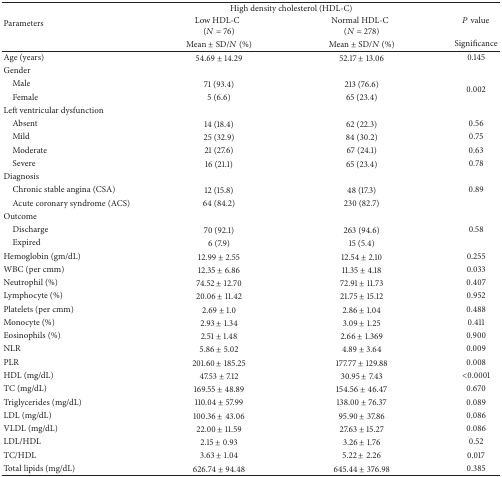
<table><thead><tr><td rowspan="3"><b>Parameters</b></td><td colspan="2"><b>High density cholesterol (HDL-C)</b></td><td rowspan="2"><b><i>P</i> value</b></td></tr><tr><td><b>Low HDL-C(<i>N</i> = 76)</b></td><td><b>Normal HDL-C(<i>N</i> = 278)</b></td></tr><tr><td><b>Mean ± SD/<i>N</i> (%)</b></td><td><b>Mean ± SD/<i>N</i> (%)</b></td><td><b>Significance</b></td></tr></thead><tbody><tr><td>Age (years)</td><td>54.69 ± 14.29</td><td>52.17 ± 13.06</td><td>0.145</td></tr><tr><td>Gender</td><td> </td><td> </td><td> </td></tr><tr><td> Male</td><td>71 (93.4)</td><td>213 (76.6)</td><td rowspan="2">0.002</td></tr><tr><td> Female</td><td>5 (6.6)</td><td>65 (23.4)</td></tr><tr><td>Left ventricular dysfunction</td><td> </td><td> </td><td> </td></tr><tr><td> Absent</td><td>14 (18.4)</td><td>62 (22.3)</td><td>0.56</td></tr><tr><td> Mild</td><td>25 (32.9)</td><td>84 (30.2)</td><td>0.75</td></tr><tr><td> Moderate</td><td>21 (27.6)</td><td>67 (24.1)</td><td>0.63</td></tr><tr><td> Severe</td><td>16 (21.1)</td><td>65 (23.4)</td><td>0.78</td></tr><tr><td>Diagnosis</td><td> </td><td> </td><td> </td></tr><tr><td> Chronic stable angina (CSA)</td><td>12 (15.8)</td><td>48 (17.3)</td><td>0.89</td></tr><tr><td> Acute coronary syndrome (ACS)</td><td>64 (84.2)</td><td>230 (82.7)</td><td> </td></tr><tr><td>Outcome</td><td> </td><td> </td><td> </td></tr><tr><td> Discharge</td><td>70 (92.1)</td><td>263 (94.6)</td><td>0.58</td></tr><tr><td> Expired</td><td>6 (7.9)</td><td>15 (5.4)</td><td> </td></tr><tr><td>Hemoglobin (gm/dL)</td><td>12.99 ± 2.55</td><td>12.54 ± 2.10</td><td>0.255</td></tr><tr><td>WBC (per cmm)</td><td>12.35 ± 6.86</td><td>11.35 ± 4.18</td><td>0.033</td></tr><tr><td>Neutrophil (%)</td><td>74.52 ± 12.70</td><td>72.91 ± 11.73</td><td>0.407</td></tr><tr><td>Lymphocyte (%)</td><td>20.06 ± 11.42</td><td>21.75 ± 15.12</td><td>0.952</td></tr><tr><td>Platelets (per cmm)</td><td>2.69 ± 1.0</td><td>2.86 ± 1.04</td><td>0.488</td></tr><tr><td>Monocyte (%)</td><td>2.93 ± 1.34</td><td>3.09 ± 1.25</td><td>0.411</td></tr><tr><td>Eosinophils (%)</td><td>2.51 ± 1.48</td><td>2.66 ± 1.369</td><td>0.900</td></tr><tr><td>NLR</td><td>5.86 ± 5.02</td><td>4.89 ± 3.64</td><td>0.009</td></tr><tr><td>PLR</td><td>201.60 ± 185.25</td><td>177.77 ± 129.88</td><td>0.008</td></tr><tr><td>HDL (mg/dL)</td><td>47.53 ± 7.12</td><td>30.95 ± 7.43</td><td>&lt;0.0001</td></tr><tr><td>TC (mg/dL)</td><td>169.55 ± 48.89</td><td>154.56 ± 46.47</td><td>0.670</td></tr><tr><td>Triglycerides (mg/dL)</td><td>110.04 ± 57.99</td><td>138.00 ± 76.37</td><td>0.089</td></tr><tr><td>LDL (mg/dL)</td><td>100.36 ± 43.06</td><td>95.90 ± 37.86</td><td>0.086</td></tr><tr><td>VLDL (mg/dL)</td><td>22.00 ± 11.59</td><td>27.63 ± 15.27</td><td>0.086</td></tr><tr><td>LDL/HDL</td><td>2.15 ± 0.93</td><td>3.26 ± 1.76</td><td>0.52</td></tr><tr><td>TC/HDL</td><td>3.63 ± 1.04</td><td>5.22 ± 2.26</td><td>0.017</td></tr><tr><td>Total lipids (mg/dL)</td><td>626.74 ± 94.48</td><td>645.44 ± 376.98</td><td>0.385</td></tr></tbody></table>